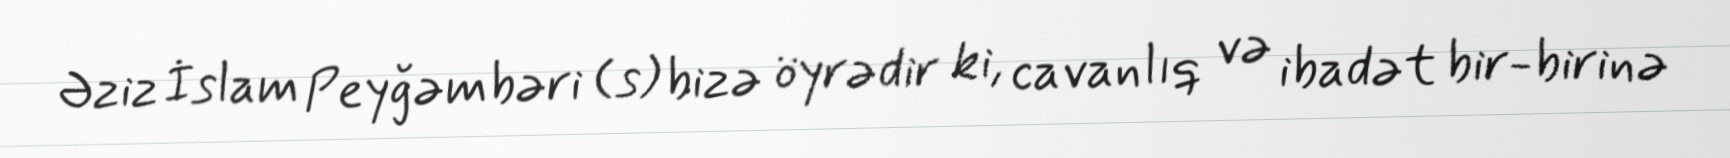
Əziz İslam Peyğəmbəri (s) bizə öyrədir ki, cavanlıq və ibadət bir-birinə